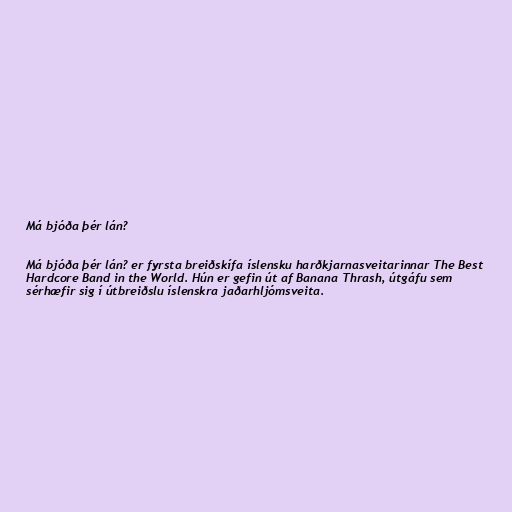
Má bjóða þér lán?

Má bjóða þér lán? er fyrsta breiðskífa íslensku harðkjarnasveitarinnar The Best
Hardcore Band in the World. Hún er gefin út af Banana Thrash, útgáfu sem
sérhæfir sig í útbreiðslu íslenskra jaðarhljómsveita.